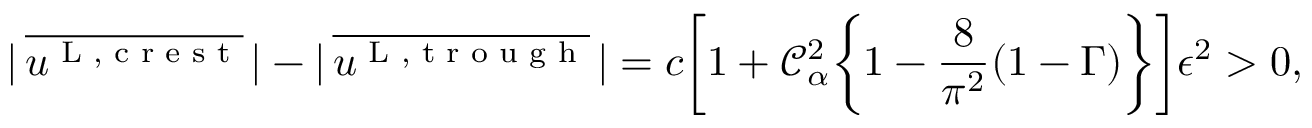
| \, \overline { { u ^ { \textnormal { L , c r e s t } } } } \, | - | \, \overline { { u ^ { \textnormal { L , t r o u g h } } } } \, | = c \bigg [ 1 + \mathcal { C } _ { \alpha } ^ { 2 } \bigg \{ 1 - \frac { 8 } { \pi ^ { 2 } } ( 1 - \Gamma ) \bigg \} \bigg ] \epsilon ^ { 2 } > 0 ,